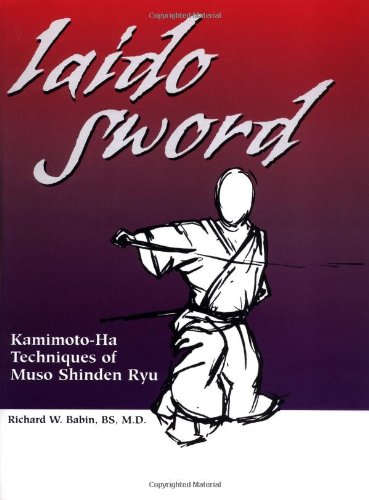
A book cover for Iaido Sword: Kamimoto-Ha Techniques of Muso Shinden Ryu; Richard Babin; Sports & Outdoors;